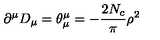
\partial ^ { \mu } D _ { \mu } = \theta _ { \mu } ^ { \mu } = - \frac { 2 N _ { c } } { \pi } \rho ^ { 2 }